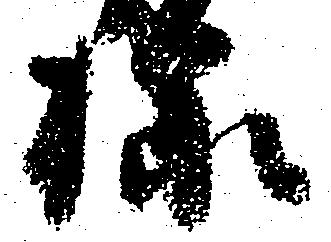
様